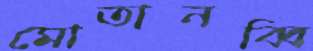
মোতানব্বি